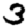
Digit: 3